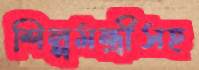
শিল্পমন্ত্রীসহ